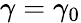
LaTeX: \gamma=\gamma_{0}